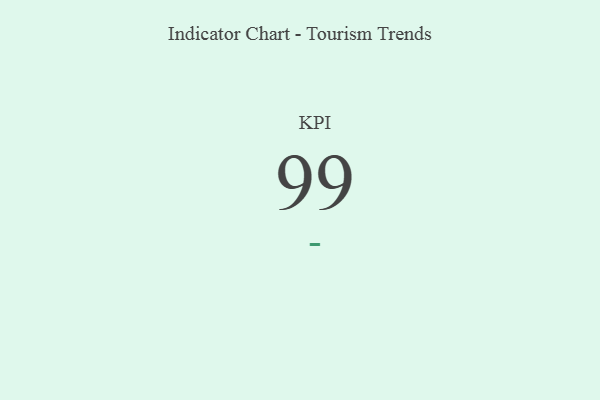
{"axis": {"x": "KPI", "y": "Value"}, "legend": [""], "data": [{"x": "KPI", "y": 99, "type": ""}]}